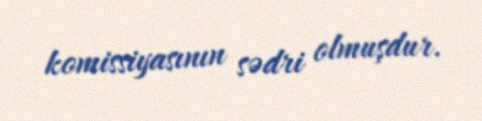
komissiyasının sədri olmuşdur.